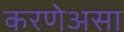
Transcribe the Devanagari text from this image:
करणेअसा